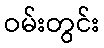
ဝမ်းတွင်း